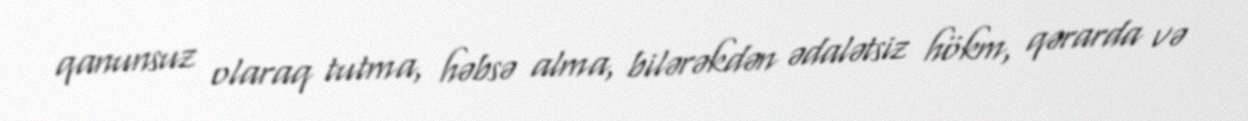
qanunsuz olaraq tutma, həbsə alma, bilərəkdən ədalətsiz hökm, qərarda və